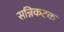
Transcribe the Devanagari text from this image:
सन्निकटक